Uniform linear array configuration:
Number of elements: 12
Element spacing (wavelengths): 0.25
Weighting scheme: hamming
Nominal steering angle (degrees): -60
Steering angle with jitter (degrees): -58.536
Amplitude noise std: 0.05
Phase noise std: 0.05

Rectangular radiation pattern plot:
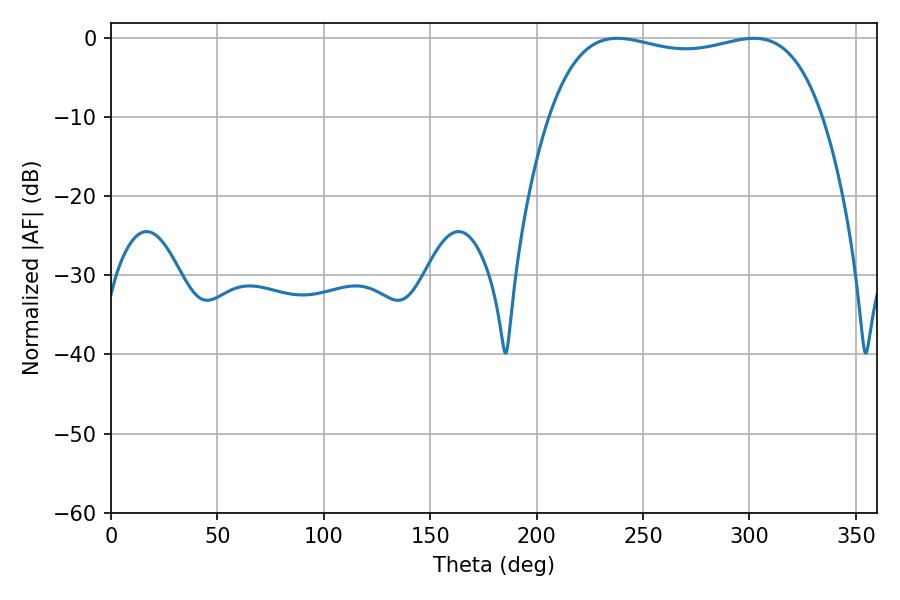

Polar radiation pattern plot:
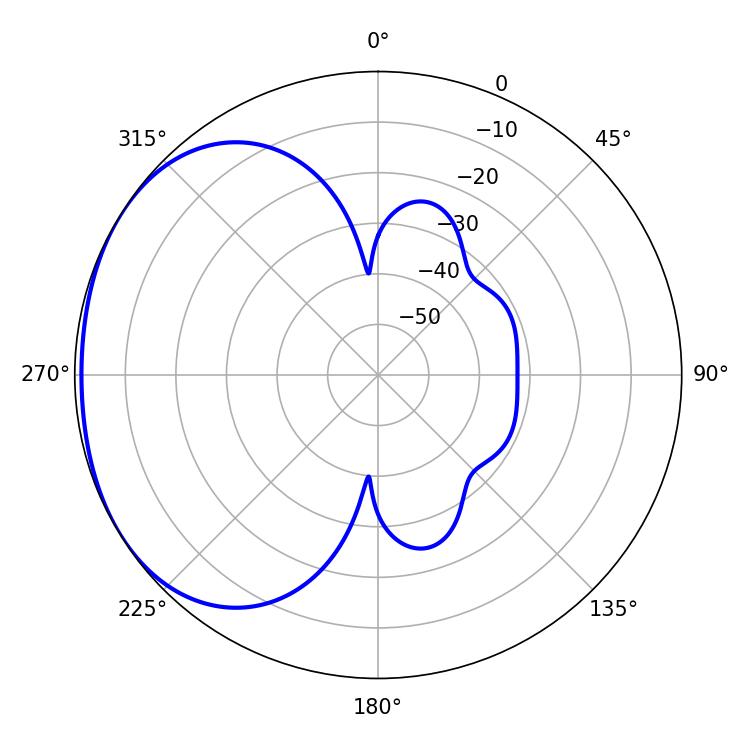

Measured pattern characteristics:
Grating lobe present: FALSE
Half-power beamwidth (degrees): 103.68
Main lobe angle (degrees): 237.96